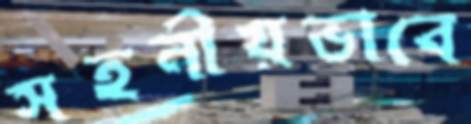
সহনীয়ভাবে